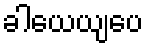
ခါယေယျပေ